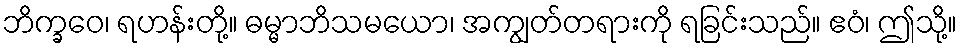
ဘိက္ခဝေ၊ ရဟန်းတို့။ ဓမ္မာဘိသမယော၊ အကျွတ်တရားကို ရခြင်းသည်။ ဧဝံ၊ ဤသို့။